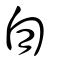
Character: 覇